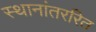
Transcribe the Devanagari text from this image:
स्थानांतररित